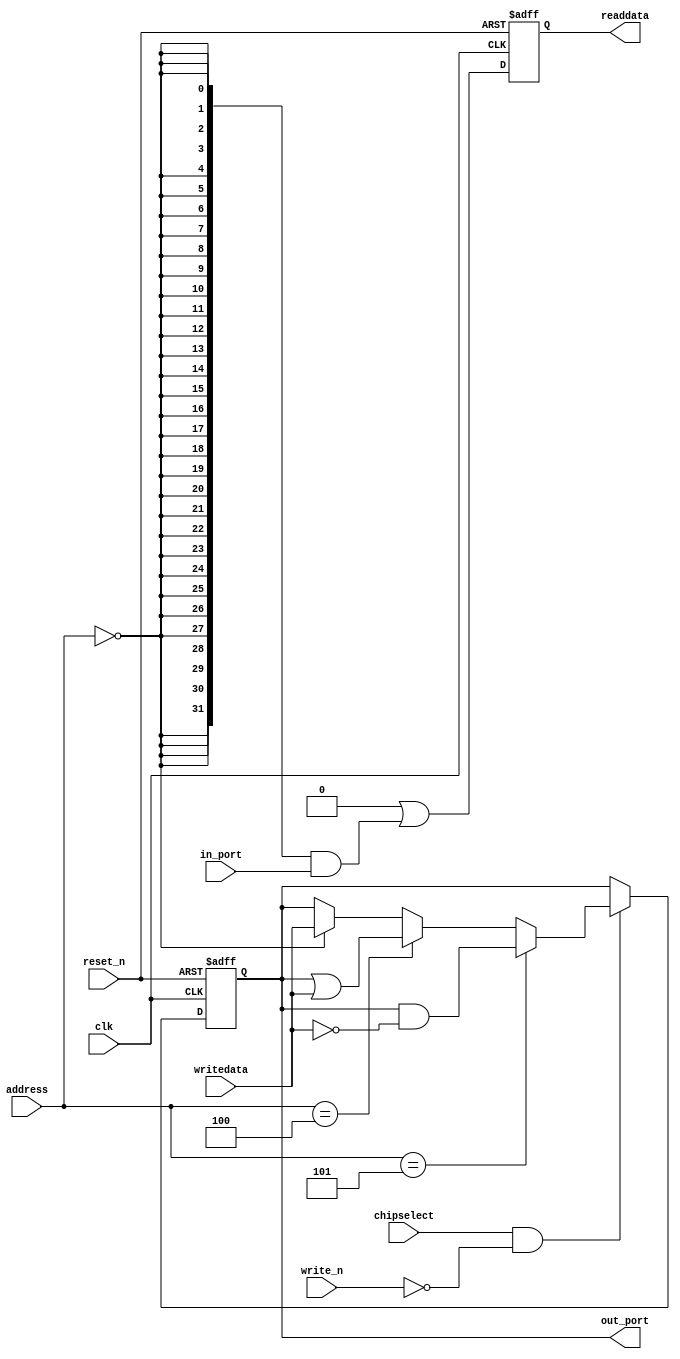
module nios_tester_pio_1 (
                           // inputs:
                            address,
                            chipselect,
                            clk,
                            in_port,
                            reset_n,
                            write_n,
                            writedata,

                           // outputs:
                            out_port,
                            readdata
                         )
;

  output  [ 31: 0] out_port;
  output  [ 31: 0] readdata;
  input   [  2: 0] address;
  input            chipselect;
  input            clk;
  input   [ 31: 0] in_port;
  input            reset_n;
  input            write_n;
  input   [ 31: 0] writedata;


wire             clk_en;
wire    [ 31: 0] data_in;
reg     [ 31: 0] data_out;
wire    [ 31: 0] out_port;
wire    [ 31: 0] read_mux_out;
reg     [ 31: 0] readdata;
wire             wr_strobe;
  assign clk_en = 1;
  //s1, which is an e_avalon_slave
  assign read_mux_out = {32 {(address == 0)}} & data_in;
  always @(posedge clk or negedge reset_n)
    begin
      if (reset_n == 0)
          readdata <= 0;
      else if (clk_en)
          readdata <= {32'b0 | read_mux_out};
    end


  assign wr_strobe = chipselect && ~write_n;
  always @(posedge clk or negedge reset_n)
    begin
      if (reset_n == 0)
          data_out <= 0;
      else if (clk_en)
          if (wr_strobe)
              data_out <= (address == 5)? data_out & ~writedata[31 : 0]: (address == 4)? data_out | writedata[31 : 0]: (address == 0)? writedata[31 : 0]: data_out;
    end


  assign out_port = data_out;
  assign data_in = in_port;

endmodule